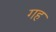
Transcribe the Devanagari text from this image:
गह